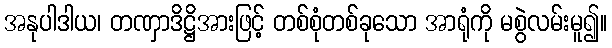
အနုပါဒါယ၊ တဏှာဒိဋ္ဌိအားဖြင့် တစ်စုံတစ်ခုသော အာရုံကို မစွဲလမ်းမူ၍။